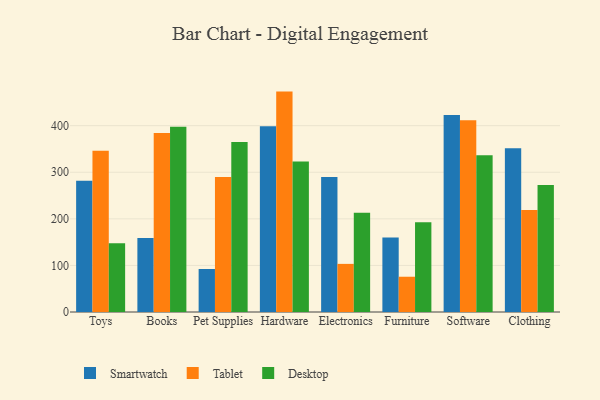
{"axis": {"x": "Category", "y": "Headcount"}, "legend": ["Desktop", "Smartwatch", "Tablet"], "data": [{"x": "Toys", "y": 282.0, "type": "Smartwatch"}, {"x": "Toys", "y": 345.9, "type": "Tablet"}, {"x": "Toys", "y": 147.4, "type": "Desktop"}, {"x": "Books", "y": 159.1, "type": "Smartwatch"}, {"x": "Books", "y": 384.1, "type": "Tablet"}, {"x": "Books", "y": 397.8, "type": "Desktop"}, {"x": "Pet Supplies", "y": 92.3, "type": "Smartwatch"}, {"x": "Pet Supplies", "y": 289.9, "type": "Tablet"}, {"x": "Pet Supplies", "y": 364.9, "type": "Desktop"}, {"x": "Hardware", "y": 398.7, "type": "Smartwatch"}, {"x": "Hardware", "y": 473.1, "type": "Tablet"}, {"x": "Hardware", "y": 323.0, "type": "Desktop"}, {"x": "Electronics", "y": 289.6, "type": "Smartwatch"}, {"x": "Electronics", "y": 103.3, "type": "Tablet"}, {"x": "Electronics", "y": 213.1, "type": "Desktop"}, {"x": "Furniture", "y": 159.9, "type": "Smartwatch"}, {"x": "Furniture", "y": 75.7, "type": "Tablet"}, {"x": "Furniture", "y": 192.6, "type": "Desktop"}, {"x": "Software", "y": 422.9, "type": "Smartwatch"}, {"x": "Software", "y": 411.7, "type": "Tablet"}, {"x": "Software", "y": 336.4, "type": "Desktop"}, {"x": "Clothing", "y": 351.5, "type": "Smartwatch"}, {"x": "Clothing", "y": 219.0, "type": "Tablet"}, {"x": "Clothing", "y": 272.6, "type": "Desktop"}]}